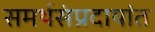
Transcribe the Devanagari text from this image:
समर्थसंप्रदायांत